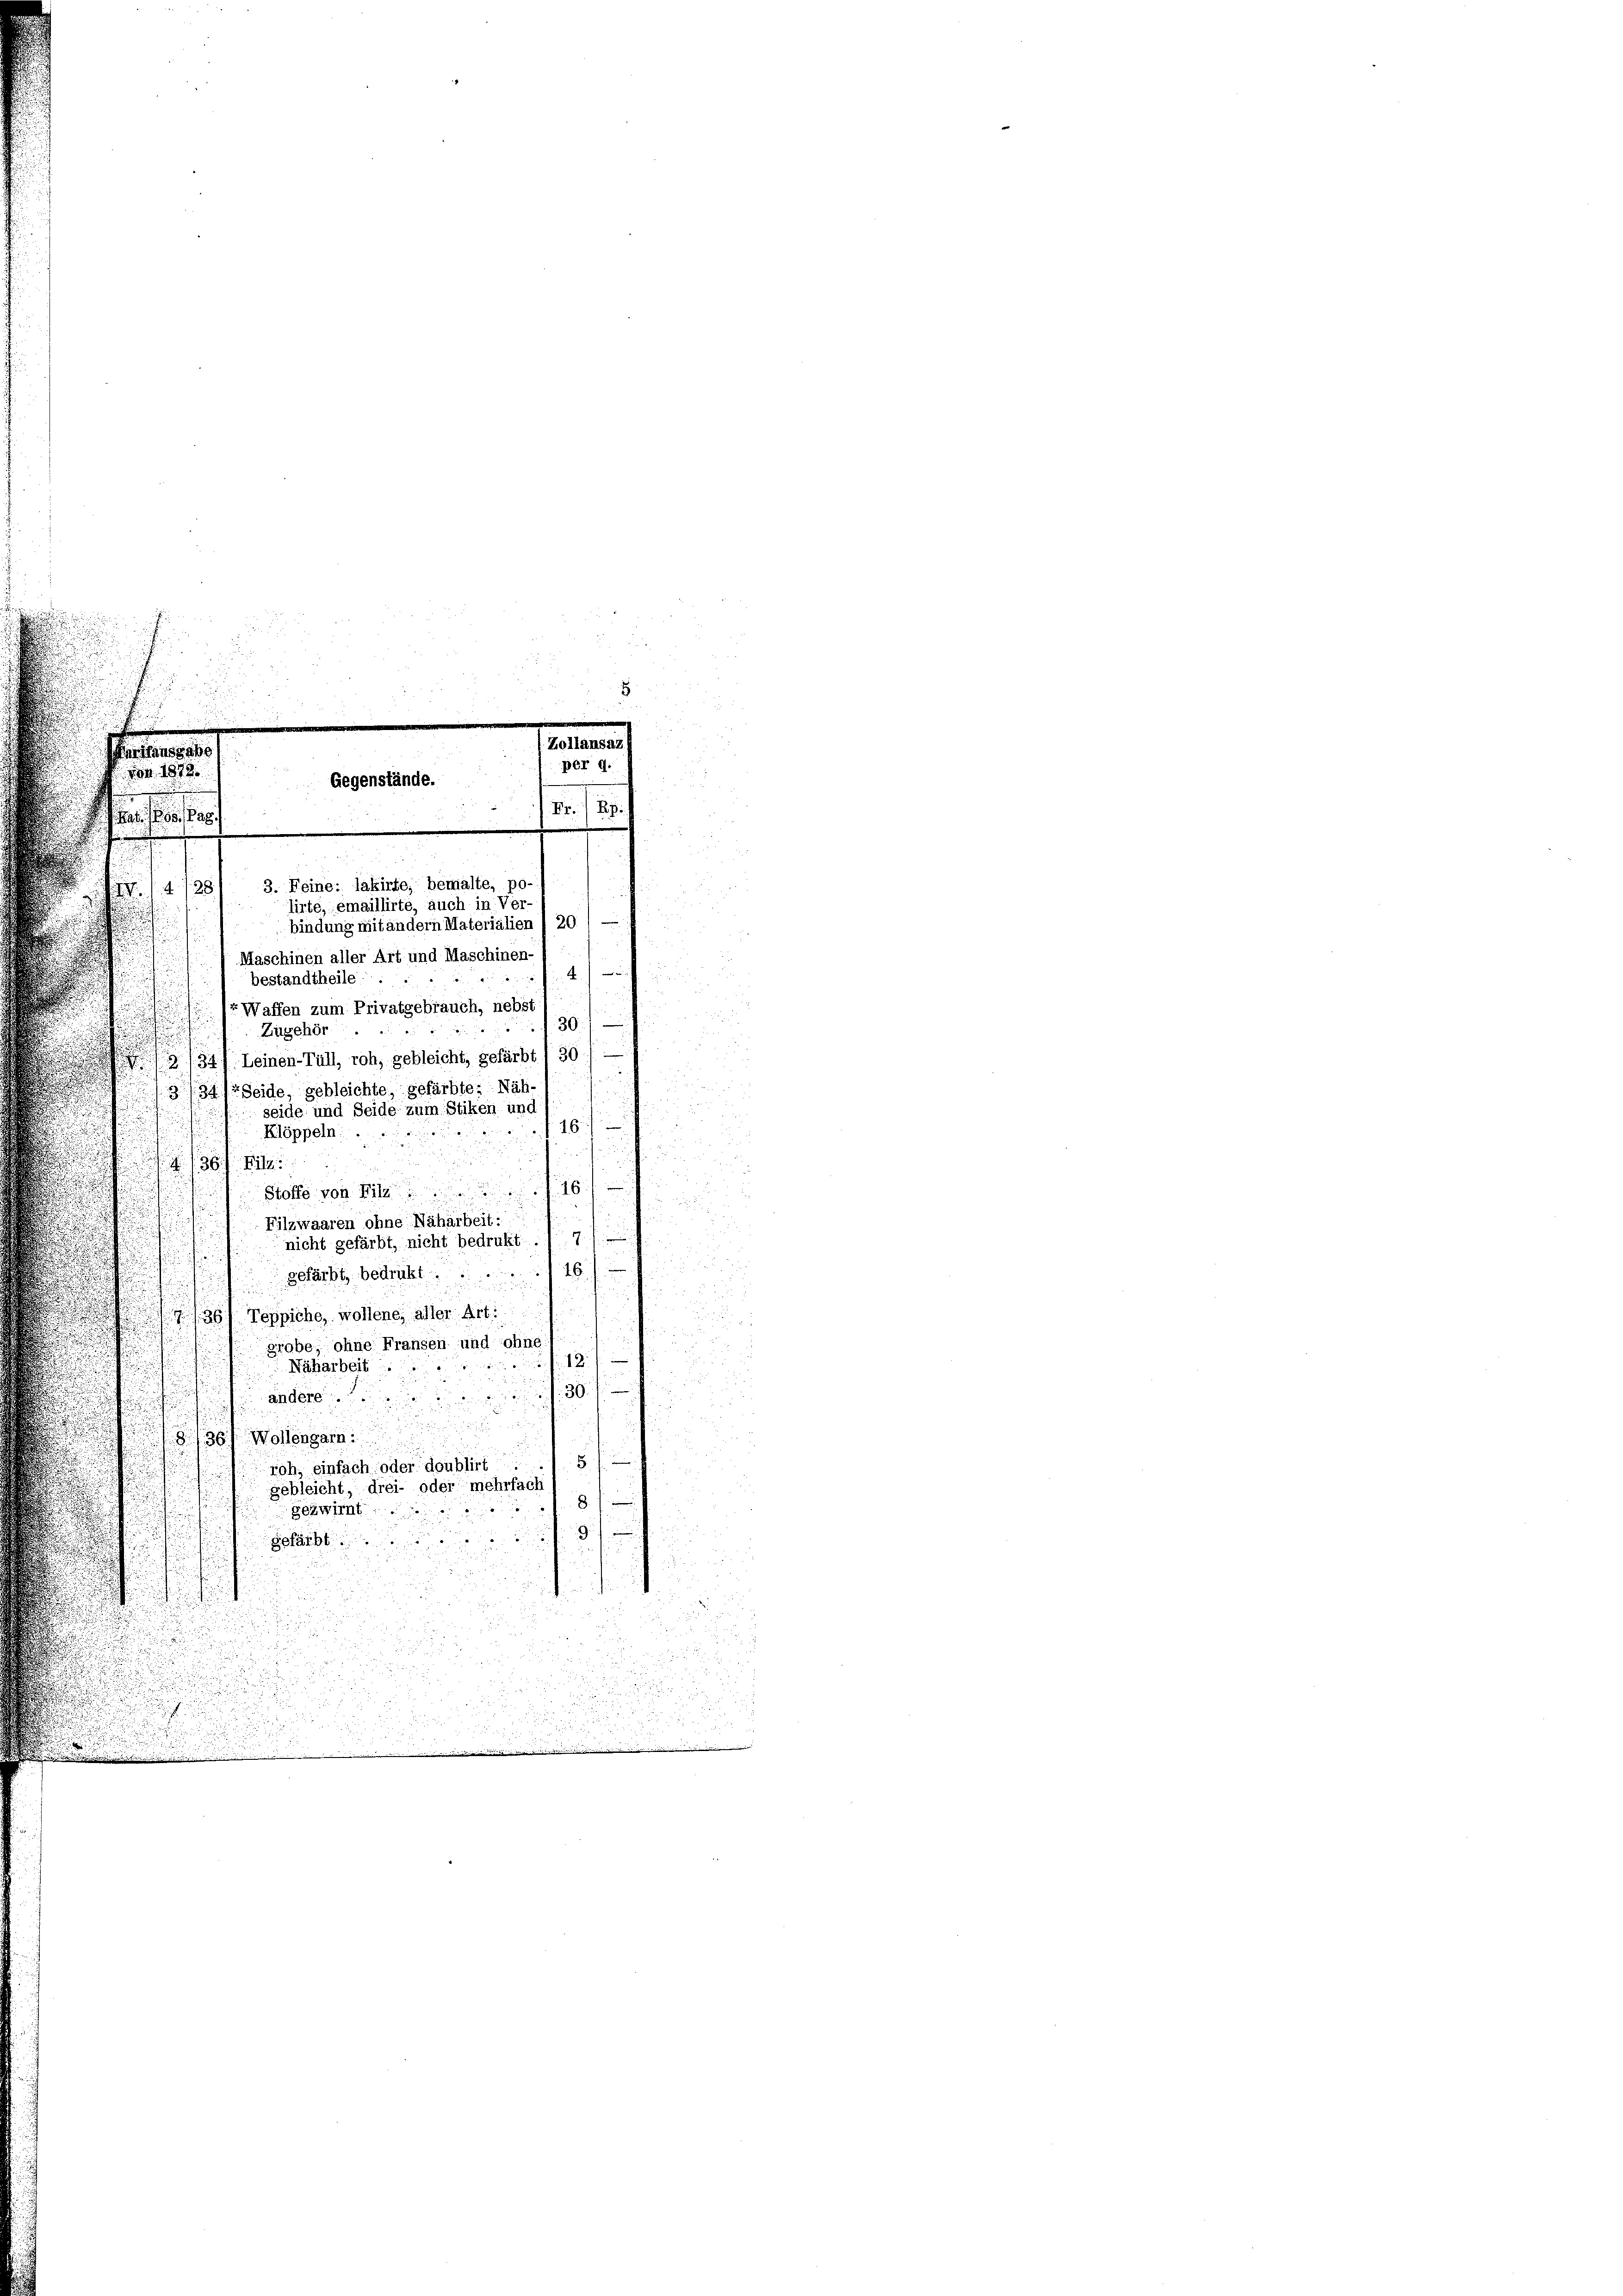
.
3. Feine: lakirte, bemalte, po-
tirte, emaillirte, auch in Ver-
bindung mit andern Materialien / 20) —
Maschinen aller Art und Maschinen-
.
bestandtheile
Waffen zum Privatgebrauch, nebst
.
3
Zugehör
2/347. Leinen-Tüll, roh, gebleicht, gefärbt 1 30 / —
3/341 Seide, gebleichte, gefärbte: Näh-
seide und Seide zum Stiken und
1
öppeln
361
161
Stoffe von Filz.
d
Filzwaaren ohne Näharbeit:
nicht gefärbt, nicht bedrukt . 71
gefärbt, bedrükt.16
i
Teppiche, wollene, aller Art:
2
grobe, ohne Fransen und ohne
Näharbeit
andere ... 30.

8136) Wollengarn.
5
roh, einfach oder doublirt
gebleicht, drei- oder mehrfach
8

gezwirnt.
f
gefärbt.

. 1873.
s
 14. 728

n
Gegenstände.

mmmen
per 9.
Nr. 129.